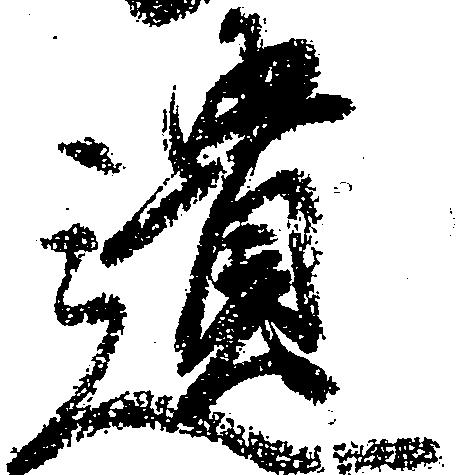
遺